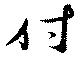
付